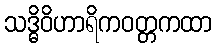
သဒ္ဓိဝိဟာရိကဝတ္တကထာ